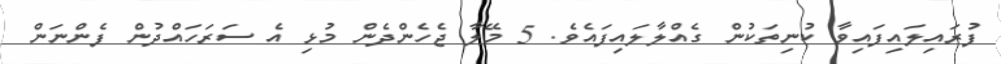
ފުރައިލައިފައިވާ ކުނިތަކުން ގެއްލާލައިފައެވެ. 5 މޭލާ ޖެހެންދެން މުޅި އެ ސަރަހައްދުން ފެންނަން